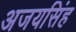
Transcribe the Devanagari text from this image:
अजयसिंह